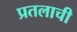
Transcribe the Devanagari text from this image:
प्रतलाची